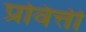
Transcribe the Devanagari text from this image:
प्रवित्ती